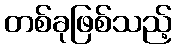
တစ်ခုဖြစ်သည့်